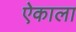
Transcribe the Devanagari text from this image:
ऐकाला